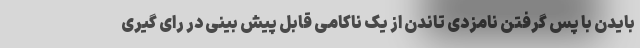
بایدن با پس گرفتن نامزدی تاندن از یک ناکامی قابل پیش بینی در رای گیری